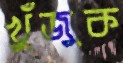
খুঁজুক